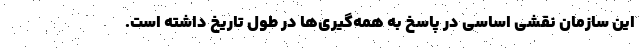
این سازمان نقشی اساسی در پاسخ به همه‌گیری‌ها در طول تاریخ داشته است.